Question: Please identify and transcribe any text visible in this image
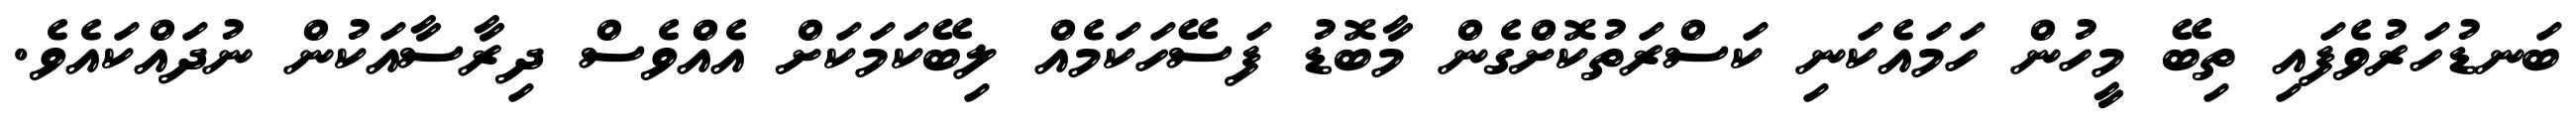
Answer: ބަނޑުހަރުވެފައި ތިބޭ މީހުން ހަމައެކަނި ކަސްރަތުކޮށްގެން މާބޮޑު ފަސޭހަކަމެއް ލިބޭކަމަކަށް އެއްވެސް ދިރާސާއަކުން ނުދައްކައެވެ.